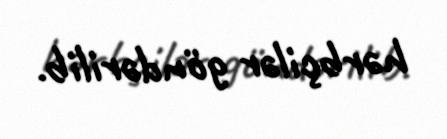
hərbçilər göndərilib.